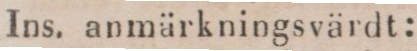
Ins. anmärkningsvärdt: